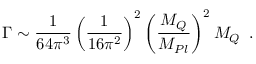
\Gamma \sim \frac { 1 } { 6 4 \pi ^ { 3 } } \left( \frac { 1 } { 1 6 \pi ^ { 2 } } \right) ^ { 2 } \left( \frac { M _ { Q } } { M _ { P l } } \right) ^ { 2 } M _ { Q } \, \, \, .